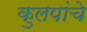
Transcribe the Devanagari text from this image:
कुलपांचे